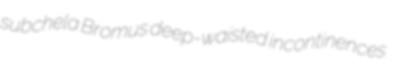
subchela Bromus deep-waisted incontinences